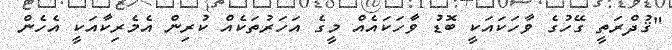
"ޤުދްރަތީ ގޭހުގެ ވާހަކައަކީ ބޮޑު ވާހަކައެއް މީގެ އަހަރުތަކެއް ކުރިން އެމެރިކާއަކީ އެހެން